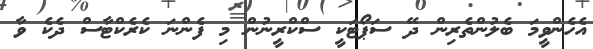
އެހެންވީމަ ބެލުންތެރިން ދޭ ސަޕޯޓަކީ ސްކްރީނުން މި ފެންނަ ކެރެކްޓާސް ދެކެ ވާ